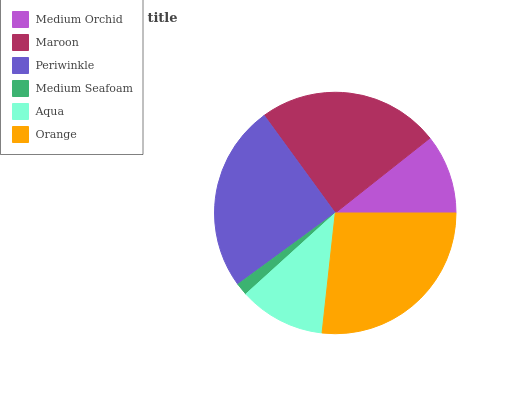
| Medium Orchid | Maroon | Periwinkle | Medium Seafoam | Aqua | Orange |
 | --- | --- | --- | --- | --- | --- |
 | 10.7% | 24.4% | 25% | 1.66% | 11.5% | 26.8% |